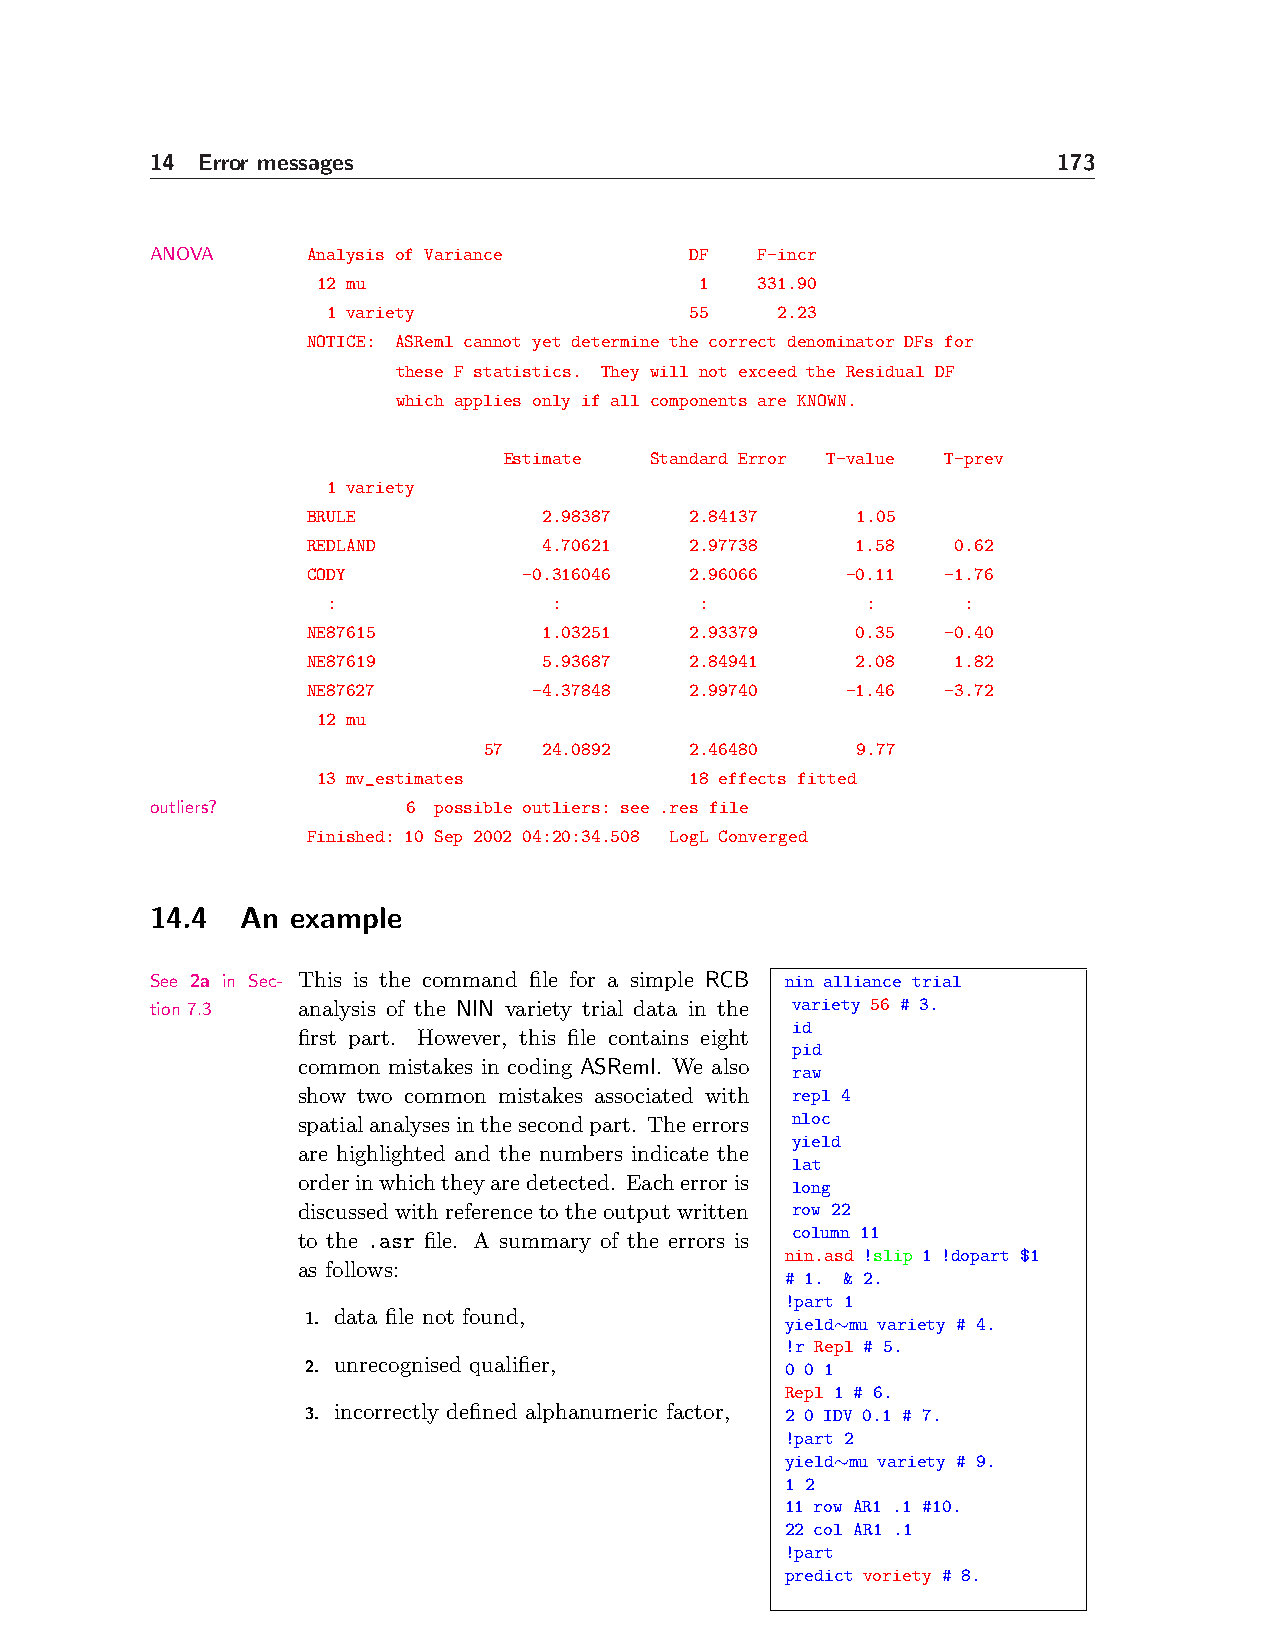
14 Error messages                                           173
 ANOVA     Analysis of Variance      DF  F-incr
 12 mu                    1   331.90
 1 variety               55    2.23
 NOTICE: ASReml cannot yet determine the correct denominator DFs for
 these F statistics. They will not exceed the Residual DF
 which applies only if all components are KNOWN.
 Estimate  Standard Error T-value T-prev
 1 variety
 BRULE           2.98387   2.84137    1.05
 REDLAND         4.70621   2.97738    1.58  0.62
 CODY           -0.316046  2.96066   -0.11  -1.76
 :              :        :          :      :
 NE87615         1.03251   2.93379    0.35  -0.40
 NE87619         5.93687   2.84941    2.08  1.82
 NE87627        -4.37848   2.99740   -1.46  -3.72
 12 mu
 57  24.0892   2.46480    9.77
 13 mv_estimates          18 effects fitted
 outliers?        6 possible outliers: see .res file
 Finished: 10 Sep 2002 04:20:34.508 LogL Converged
 14.4  An example
 See 2a in Sec- This is the command file for a simple RCB nin alliance trial
 tion 7.3  analysis of the NIN variety trial data in the variety 56 # 3.
 id
 first part. However, this file contains eight
 pid
 common mistakes in coding ASReml. We also
 raw
 show two common mistakes associated with repl 4
 spatialanalysesinthesecondpart. Theerrors nloc
 yield
 are highlighted and the numbers indicate the
 lat
 orderinwhichtheyaredetected. Eacherroris long
 discussed with reference to the output written row 22
 column 11
 to the .asr file. A summary of the errors is
 nin.asd !slip 1 !dopart $1
 as follows:
 # 1. & 2.
 !part 1
 1. data file not found,         yield∼mu variety # 4.
 !r Repl # 5.
 2. unrecognised qualifier,      0 0 1
 Repl 1 # 6.
 3. incorrectly defined alphanumeric factor, 2 0 IDV 0.1 # 7.
 !part 2
 yield∼mu variety # 9.
 1 2
 11 row AR1 .1 #10.
 22 col AR1 .1
 !part
 predict voriety # 8.